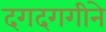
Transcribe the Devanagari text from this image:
दगदगगीने